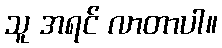
သူ အရင် လာတာပါ။